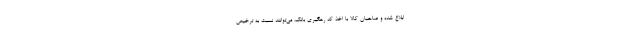
ابلاغ شده و صاحبان کالا با اخذ کد رهگیری بانک، می‌توانند نسبت به ترخیص